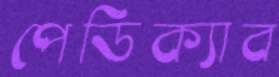
পেডিক্যাব